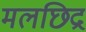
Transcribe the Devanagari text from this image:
मलछिद्र